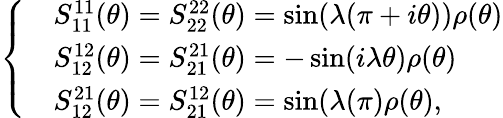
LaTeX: \left\{ \begin{array}{ll}{{}}&{{S_{11}^{11}(\theta)=S_{22}^{22}(\theta)=\sin(\lambda(\pi+i\theta))\rho(\theta)}}\\ {{}}&{{S_{12}^{12}(\theta)=S_{21}^{21}(\theta)=-\sin(i\lambda\theta)\rho(\theta)}}\\ {{}}&{{S_{12}^{21}(\theta)=S_{21}^{12}(\theta)=\sin(\lambda(\pi)\rho(\theta),}}\end{array}\right.